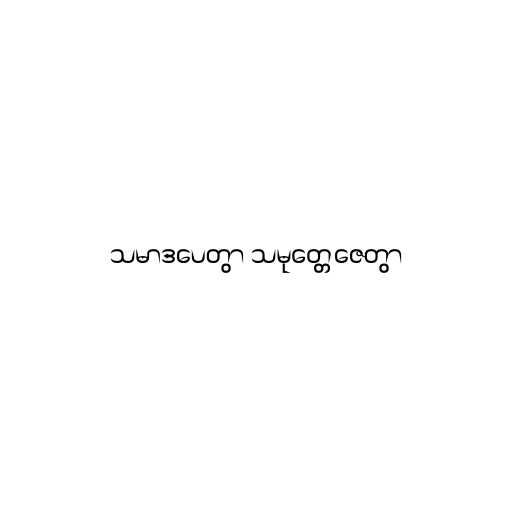
သမာဒပေတွာ သမုတ္တေဇေတွာ